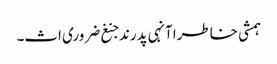
ہمشی خاطرا آنہی پدرند جنغ ضروری اث۔